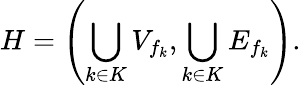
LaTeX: H=\left(\bigcup_{k\in K}V_{f_{k}},\bigcup_{k\in K}E_{f_{k}}\right).